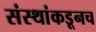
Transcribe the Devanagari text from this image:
संस्थांकडूनच